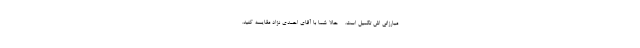
مبارزاتی اش تکمیل است. - حالا شما با آقای احمدی نژاد مقایسه کنید.